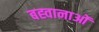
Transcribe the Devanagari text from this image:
बह्वानाओं